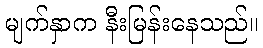
မျက်နှာက နီးမြန်းနေသည်။